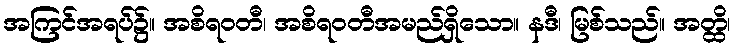
အကြင်အရပ်၌။ အစိရဝတီ၊ အစိရဝတီအမည်ရှိသော။ နဒီ၊ မြစ်သည်။ အတ္ထိ၊